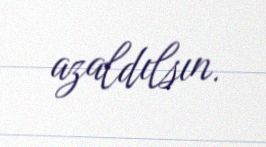
azaldılsın.